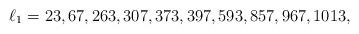
LaTeX: \begin{align*}\ell_1 =23,67,263,307,373,397,593,857,967,1013,\end{align*}